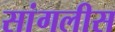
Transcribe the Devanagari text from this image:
सांगलीस